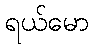
ရယ်မော